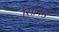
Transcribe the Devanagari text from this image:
सिनिसे